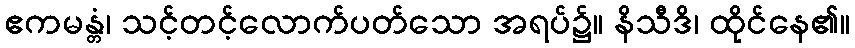
ဧကမန္တံ၊ သင့်တင့်လောက်ပတ်သော အရပ်၌။ နိသီဒိ၊ ထိုင်နေ၏။